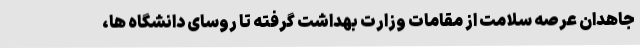
جاهدان عرصه سلامت از مقامات وزارت بهداشت گرفته تا روسای دانشگاه ها،